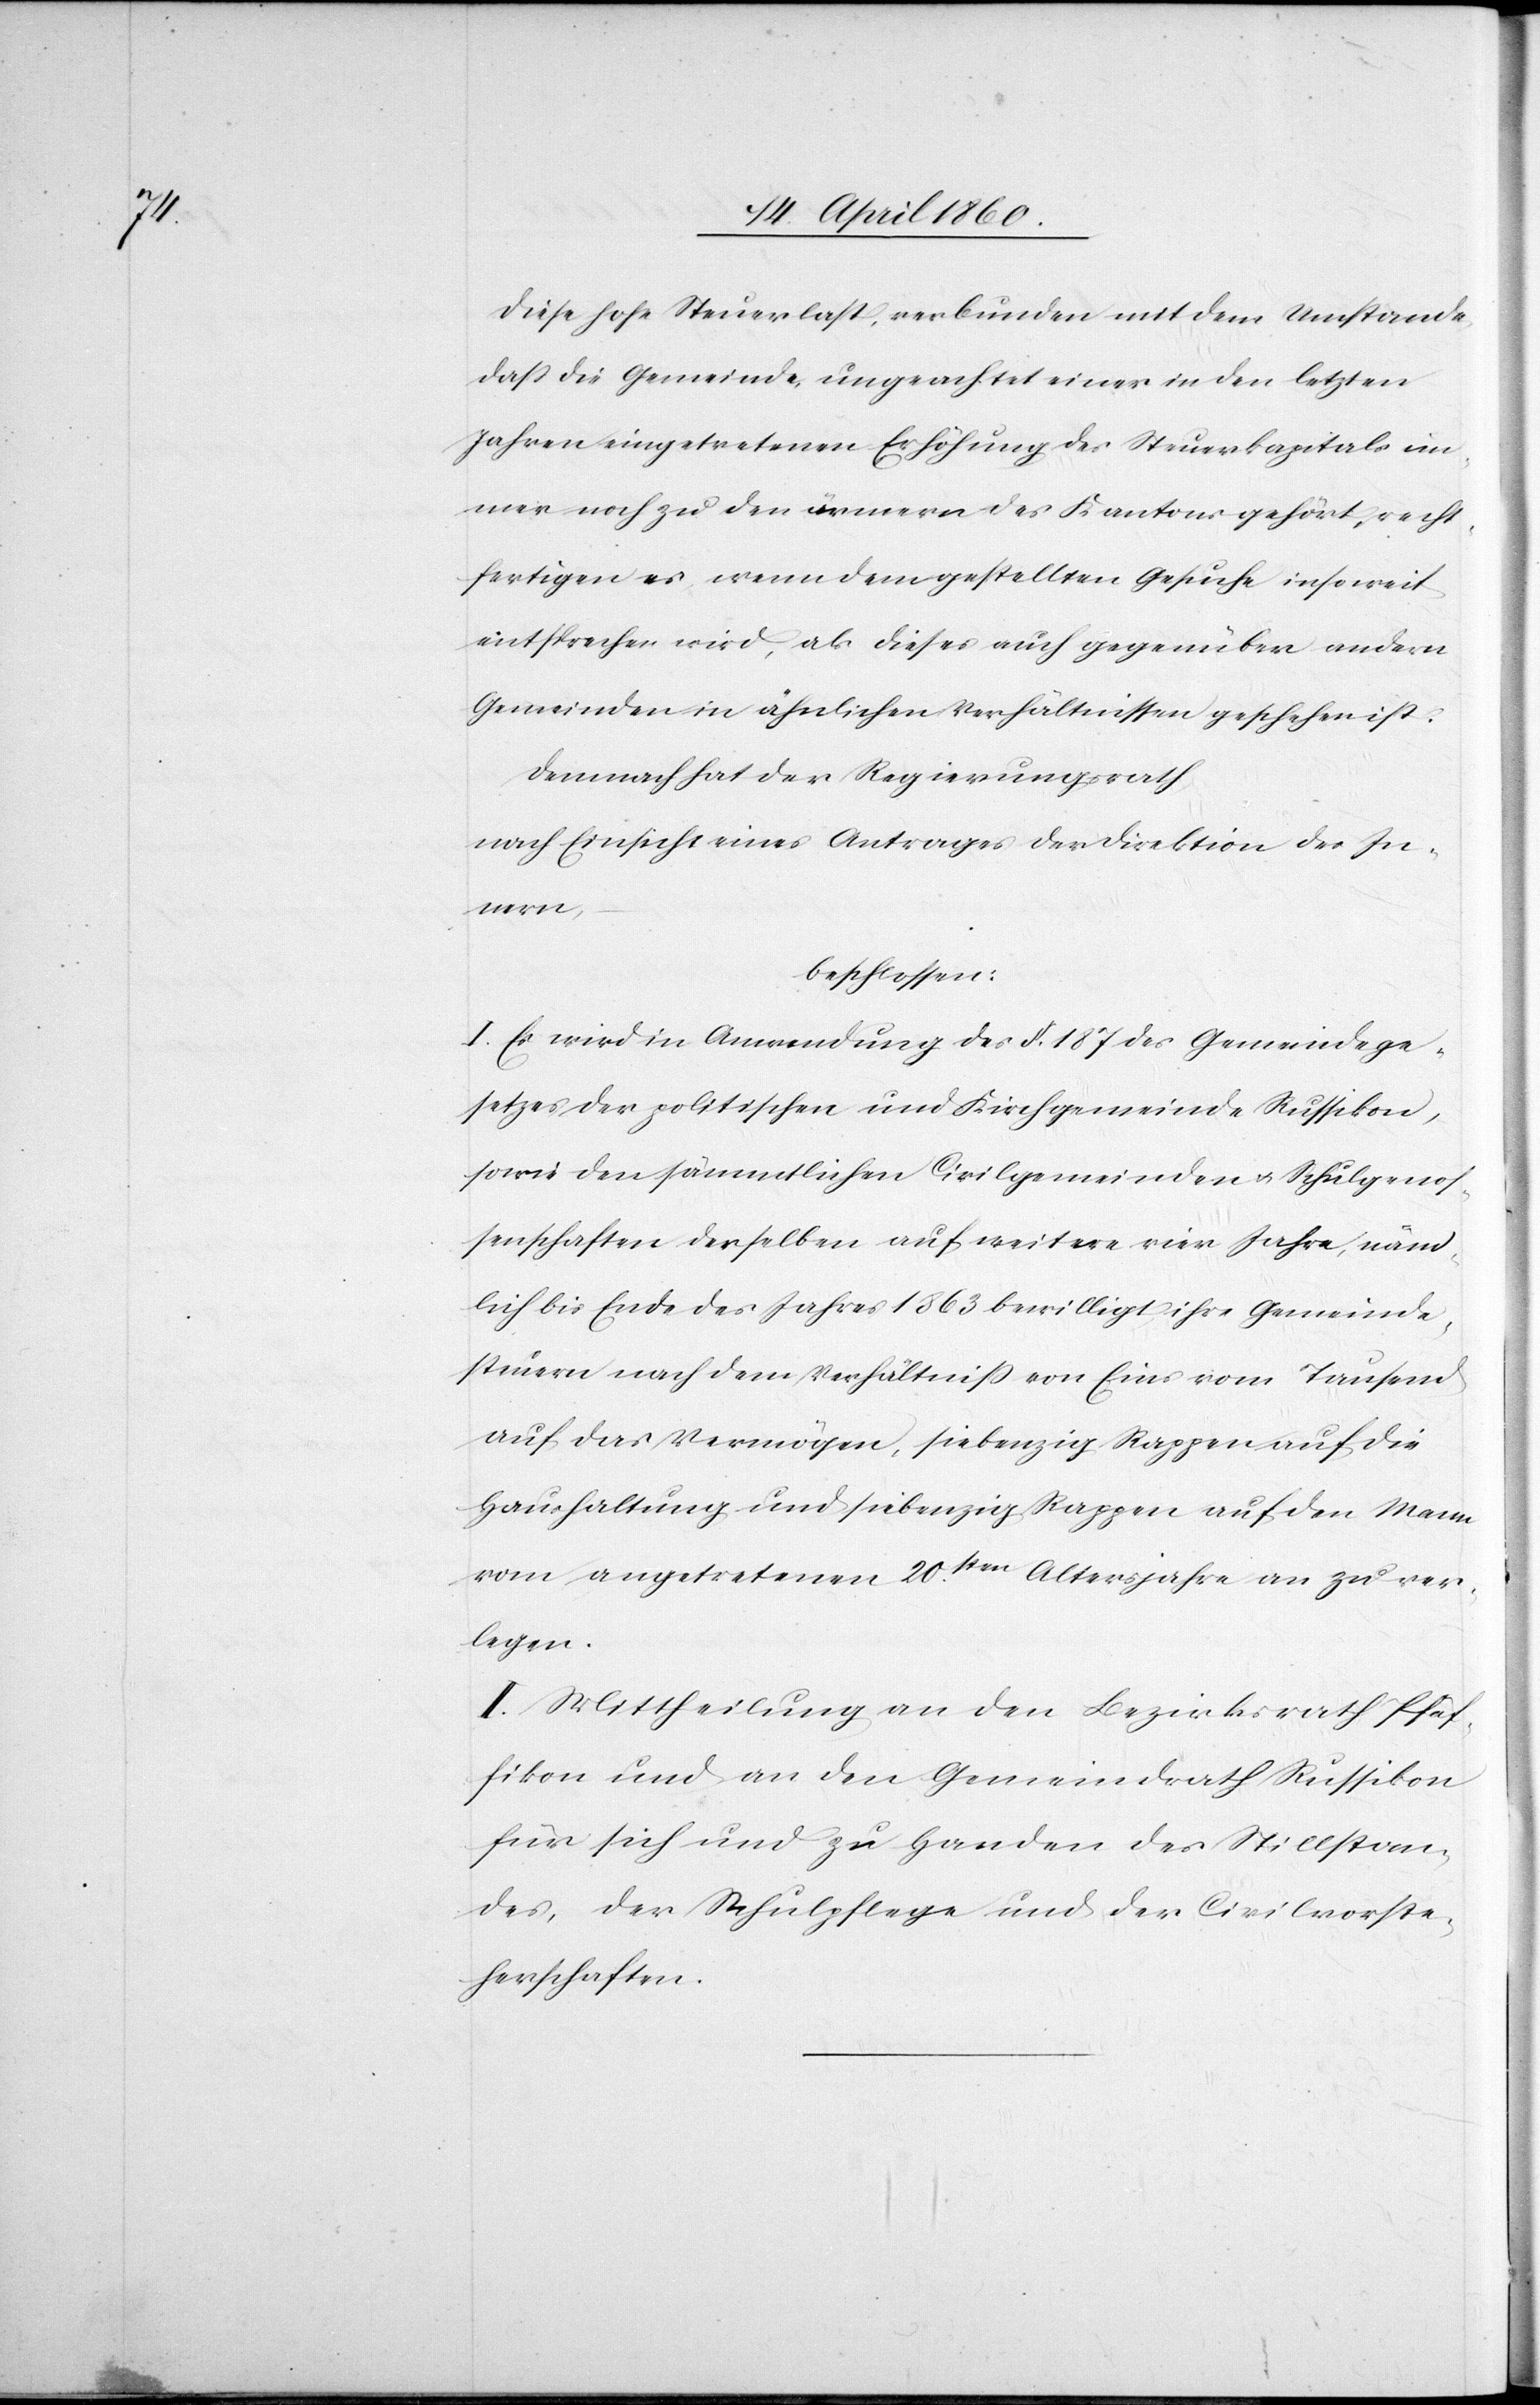
Diese hohe Steuerlast, verbunden mit dem Umstande,
dass die Gemeinde ungeachtet einer in den letzten
Jahren eingetretenen Erhöhung des Steuerkapitals im¬
mer noch zu den ärmern des Kantons gehört, recht¬
fertigen es, wenn dem gestellten Gesuche insoweit
entsprochen wird, als dieses auch gegenüber andern
Gemeinden in ähnlichen Verhältnissen geschehen ist.
Demnach hat der Regierungsrath
nach Einsicht eines Antrages der Direktion des In¬
nern,
beschlossen:
I. Es wird in Anwendung des §. 187. des Gemeindege¬
setzes der politischen und Kirchgemeinde Russikon,
sowie den sämmtlichen Civilgemeinden u. Schulgenos¬
senschaften derselben auf weitere vier Jahre, näm¬
lich bis Ende des Jahres 1863 bewilligt ihre Gemeinde¬
steuern nach dem Verhältniss von eins vom Tausend
auf das Vermögen, siebenzig Rappen auf die
Haushaltung und siebenzig Rappen auf den Mann
vom angetretenen 20sten Altersjahr an zu ver¬
legen.
II. Mittheilung an den Bezirksrath Pfäf¬
fikon und an den Gemeindrath Russikon
für sich und zu Handen des Stillstan¬
des, der Schulpflege und der Civilvorste¬
herschaften.